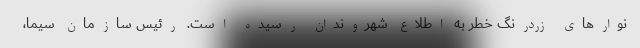
نوار‌های زردرنگ خطر به اطلاع شهروندان رسیده‌ است. رئیس سازمان سیما،